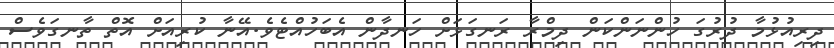
ދިރިއުޅުމާ ދުުރުގަ ހުންނަންކަން ދިމްރާ ރަނގަޅަށް ހަނދާން އެބަހުއްޓެވެ.އޭނާ ކުރިއަށް އޮތް ތާނގަވެސް